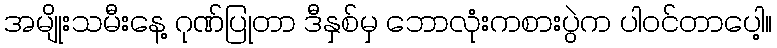
အမျိုးသမီးနေ့ ဂုဏ်ပြုတာ ဒီနှစ်မှ ဘောလုံးကစားပွဲက ပါဝင်တာပေါ့။